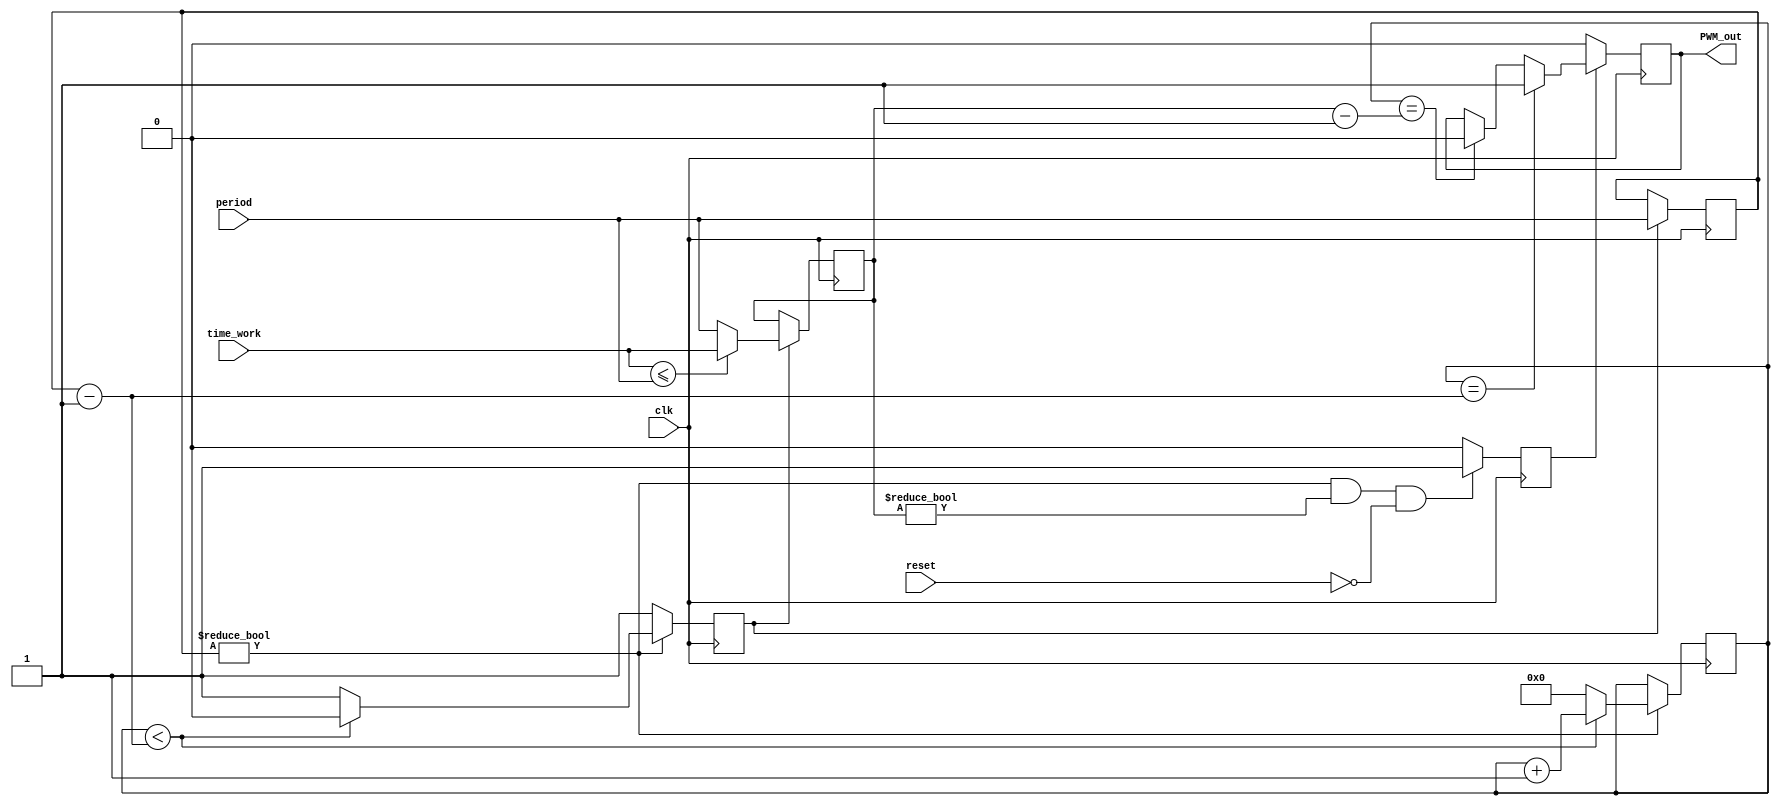
module simplePWM(reset, clk, time_work, period, PWM_out);
	
	input reset;
	input clk; 				
	input [31:0] time_work;	// time [us] of PWM_out = 1
	input [31:0] period;	// Period [us]
	
	output reg PWM_out = 1'b0;			//PWM signal out
	
	reg [31:0] counter = 32'b0;	//Counter: 0 ~ Period
	reg [31:0] timeWork_reg = 32'b0;
	reg [31:0] period_reg = 32'b0;
	reg enable = 1'b0; 	//Habilita el PWM
	reg avail = 1'b1;
	
	always @(posedge clk) begin
		if(avail)begin
			period_reg	<= period;
			if(time_work <= period)begin
				timeWork_reg <= time_work;
			end else begin
				timeWork_reg <= period;
			end
		end
	end

	always @(posedge clk) begin
		if((period_reg != 32'b0) && (timeWork_reg != 32'b0) && (!reset))begin
			enable <= 1'b1;
		end else begin
			enable <= 1'b0;
		end
	end
	
	always @(posedge clk)begin //Controla el contador
		if(period_reg != 32'b0)begin
			if(counter < period_reg - 32'b1)begin
				counter <= counter+1'b1;	//Aumenta uno con cada subida de flanco del clk
				avail <= 1'b0;
			end else begin
				counter <= 32'b0;
				avail <= 1'b1;		//Solo se habilita el cambio de work_time cuando el contador es cero
			end
		end else begin	
			avail <= 1'b1;
		end
	end
	
	always @(posedge clk)begin //Controla la salida del PWM
		if(enable)begin
			if(counter == period_reg - 32'b1)begin
				PWM_out <= 1'b1;
			end else if(counter == (timeWork_reg - 32'b1)) begin
				PWM_out <= 1'b0;
			end			
		end else begin
			PWM_out <= 1'b0;
		end
	end
			
endmodule